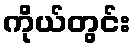
ကိုယ်တွင်း